Report of the Indian Hemp Drugs Commission, 1894-1895 - Volume V
Year: 1894
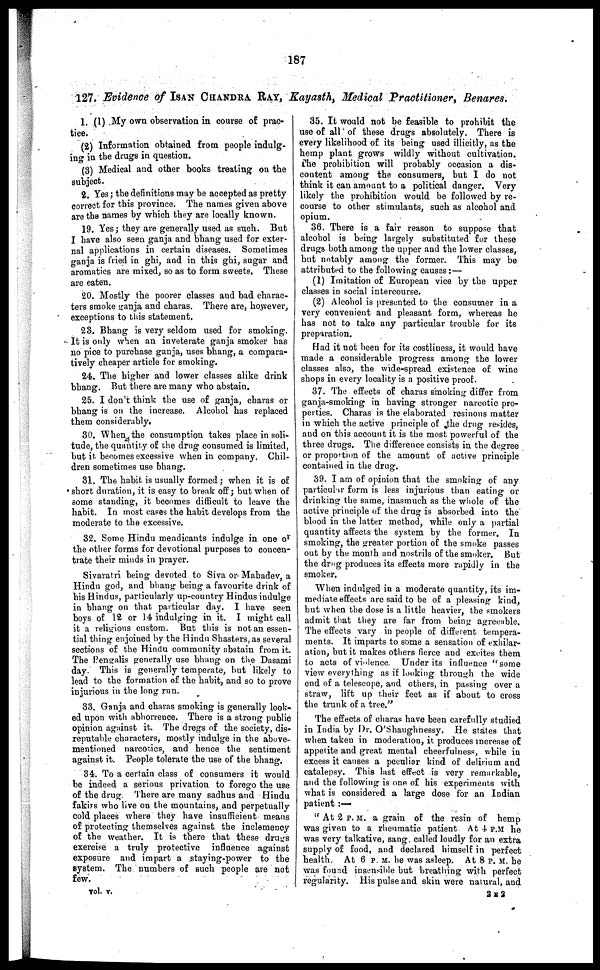
187
127. Evidence of ISAN CHANDRA RAY, Kayasth, Medical Practitioner, Benares.
1. (1) My own observation in course of prac-
tice.
(2) Information obtained from people indulg-
ing in the drugs in question.
(3) Medical and other books treating on the
subject.
2. Yes; the definitions may be accepted as pretty
correct for this province. The names given above
are the names by which they are locally known.
19. Yes; they are generally used as such. But
I have also seen ganja and bhang used for exter-
nal applications in certain diseases. Sometimes
ganja is fried in ghi, and in this ghi, sugar and
aromatics are mixed, so as to form sweets. These
are eaten.
20. Mostly the poorer classes and bad charac-
ters smoke ganja and charas. There are, however,
exceptions to this statement.
23. Bhang is very seldom used for smoking.
It is only when an inveterate ganja smoker has
no pice to purchase ganja, uses bhang, a compara-
tively cheaper article for smoking.
24. The higher and lower classes alike drink
bhang. But there are many who abstain.
25. I don't think the use of ganja, charas or
bhang is on the increase. Alcohol has replaced
them considerably.
30. When the consumption takes place in soli-
tude, the quantity of the drug consumed is limited,
but it becomes excessive when in company. Chil-
dren sometimes use bhang.
31. The habit is usually formed ; when it is of
short duration, it is easy to break off; but when of
some standing, it becomes difficult to leave the
habit. In most cases the habit develops from the
moderate to the excessive.
32. Some Hindu mendicants indulge in one or
the other forms for devotional purposes to concen-
trate their minds in prayer.
Sivaratri being devoted to Siva or Mahadev, a
Hindu god, and bhang being a favourite drink of
his Hindus, particularly up-country Hindus indulge
in bhang on that particular day. I have seen
boys of 12 or 14 indulging in it. I might call
it a religions custom. But this is not an essen-
tial thing enjoined by the Hindu Shasters, as several
sections of the Hindu community abstain from it.
The Pensralis generally use bhang on the Dasami
day. This is generally temperate, but likely to
lead to the formation of the habit, and so to prove
injurious in the long run.
33. Ganja and charas smoking is generally look-
ed upon with abhorrence. There is a strong public
opinion against it. The dregs of the society, dis-
reputable characters, mostly indulge in the above-
mentioned narcotics, and hence the sentiment
against it. People tolerate the use of the bhang.
34. To a certain class of consumers it would
be indeed a serious privation to forego the use
of the drug. There are many sadhus and Hindu
fakirs who live on the mountains, and perpetually
cold places where they have insufficient means
of protecting themselves against the inclemency
of the weather. It is there that these drugs
exercise a truly protective
influence against
exposure and impart a staying-power to the
system. The numbers of such people are not
few.
35. It would not be feasible to prohibit the
use of all of these drugs absolutely. There is
every likelihood of its being used illicitly, as the
hemp plant grows wildly without cultivation.
The prohibition will probably occasion a dis-
content among the consumers, but I do not
think it can amount to a political danger. Very
likely the prohibition would be followed by re-
course to other stimulants, such as alcohol and
opium.
36. There is a fair reason to suppose that
alcohol is being largely substituted for these
drugs both among the upper and the lower classes,
but notably among the former. This may be
attributed to the following causes :—
(1) Imitation of European vice by the upper
classes in social intercourse.
(2) Alcohol is presented to the consumer in a
very convenient and pleasant form, whereas he
has not to take any particular trouble for its
preparation.
Had it not been for its costliness, it would have
made a considerable progress among the lower
classes also, the wide-spread existence of wine
shops in every locality is a positive proof.
37. The effects of charas smoking differ from
ganja-smoking in having stronger narcotic pro-
perties. Charas is the elaborated resinous matter
in which the active principle of the drug resides,
and on this account it is the most powerful of the
three drugs. The difference consists in the degree
or proportion of the amount of active principle
contained in the drug.
39. I am of opinion that the smoking of any
particular form is less injurious than eating or
drinking the same, inasmuch as the whole of the
active principle of the drug is absorbed into the
blood in the latter method, while only a partial
quantity affects the system by the former. In
smoking, the greater portion of the smoke passes
out by the month and nostrils of the smoker. But
the drug produces its effects more rapidly in the
smoker.
When indulged in a moderate quantity, its im-
mediate effects are said to be of a pleasing kind,
but when the dose is a little heavier, the smokers
admit that they are far from being agreeable.
The effects vary in people of different tempera-
ments. It imparts to some a sensation of exhilar-
ation, but it makes others fierce and excites them
to acts of violence. Under its influence "some
view everything as if looking through the wide
end of a telescope, and others, in passing over a
straw, lift up their feet as if about to cross
the trunk of a tree."
The effects of charas have been carefully studied
in India by Dr. O'Shaughnessy. He states that
when taken in moderation, it produces increase of
appetite and great mental cheerfulness, while in
excess it causes a peculiar kind of delirium and
catalepsy. This last effect is very remarkable,
i and the following is one of his experiments with
what is considered a large dose for an Indian
patient :—
" At 2 P. M. a grain of the resin of hemp
was given to a rheumatic patient At 4 P.M he
was very talkative, sang called loudly for an extra
supply of food, and declared himself in perfect
health. At 6 P. M. he was asleep. At 8 P. M. he
was found insensible but breathing with perfect
regularity. His pulse and skin were natural, and
vol. V.
2 E 2